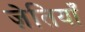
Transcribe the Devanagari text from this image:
ज़ेतियाँ